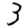
Digit: 3